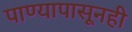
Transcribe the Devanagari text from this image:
पाण्यापासूनही